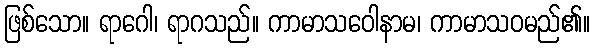
ဖြစ်သော။ ရာဂေါ၊ ရာဂသည်။ ကာမာသဝေါနာမ၊ ကာမာသဝမည်၏။